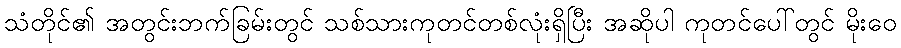
သံတိုင်၏ အတွင်းဘက်ခြမ်းတွင် သစ်သားကုတင်တစ်လုံးရှိပြီး အဆိုပါ ကုတင်ပေါ်တွင် မိုးဝေ